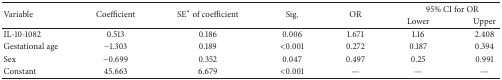
<table><thead><tr><td rowspan="2"><b>Variable</b></td><td rowspan="2"><b>Coefficient</b></td><td rowspan="2"><b>SE<sup><i>∗</i></sup> of coefficient</b></td><td rowspan="2"><b>Sig.</b></td><td rowspan="2"><b>OR</b></td><td colspan="2"><b>95% CI for OR</b></td></tr><tr><td><b>Lower</b></td><td><b>Upper</b></td></tr></thead><tbody><tr><td>IL-10-1082</td><td>0.513</td><td>0.186</td><td>0.006</td><td>1.671</td><td>1.16</td><td>2.408</td></tr><tr><td>Gestational age</td><td>−1.303</td><td>0.189</td><td>&lt;0.001</td><td>0.272</td><td>0.187</td><td>0.394</td></tr><tr><td>Sex</td><td>−0.699</td><td>0.352</td><td>0.047</td><td>0.497</td><td>0.25</td><td>0.991</td></tr><tr><td>Constant</td><td>45.663</td><td>6.679</td><td>&lt;0.001</td><td>—</td><td>—</td><td>—</td></tr></tbody></table>